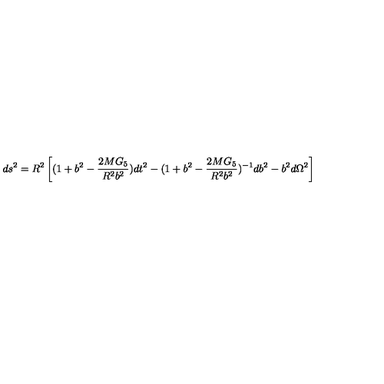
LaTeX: d s ^ { 2 } = R ^ { 2 } \left[ ( 1 + b ^ { 2 } - { \frac { 2 M G _ { 5 } } { R ^ { 2 } b ^ { 2 } } } ) d t ^ { 2 } - ( 1 + b ^ { 2 } - { \frac { 2 M G _ { 5 } } { R ^ { 2 } b ^ { 2 } } } ) ^ { - 1 } d b ^ { 2 } - b ^ { 2 } d \Omega ^ { 2 } \right]